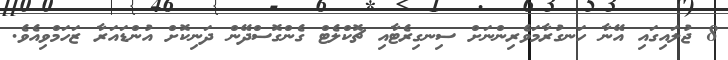
8 ޖުލައިގައި އޭނާ ހަނގުރާމަވެރިންނަށް ސިނގިރެޓާއި ޗޮކްލެޓް ގެންގޮސްދޭން ދަނިކޮށް އުންޑައަރާ ޒަހަމްވިއެވެ.